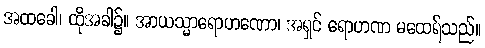
အထခေါ၊ ထိုအခါ၌။ အာယသ္မာရောဟဏော၊ အရှင် ရောဟဏ မထေရ်သည်။